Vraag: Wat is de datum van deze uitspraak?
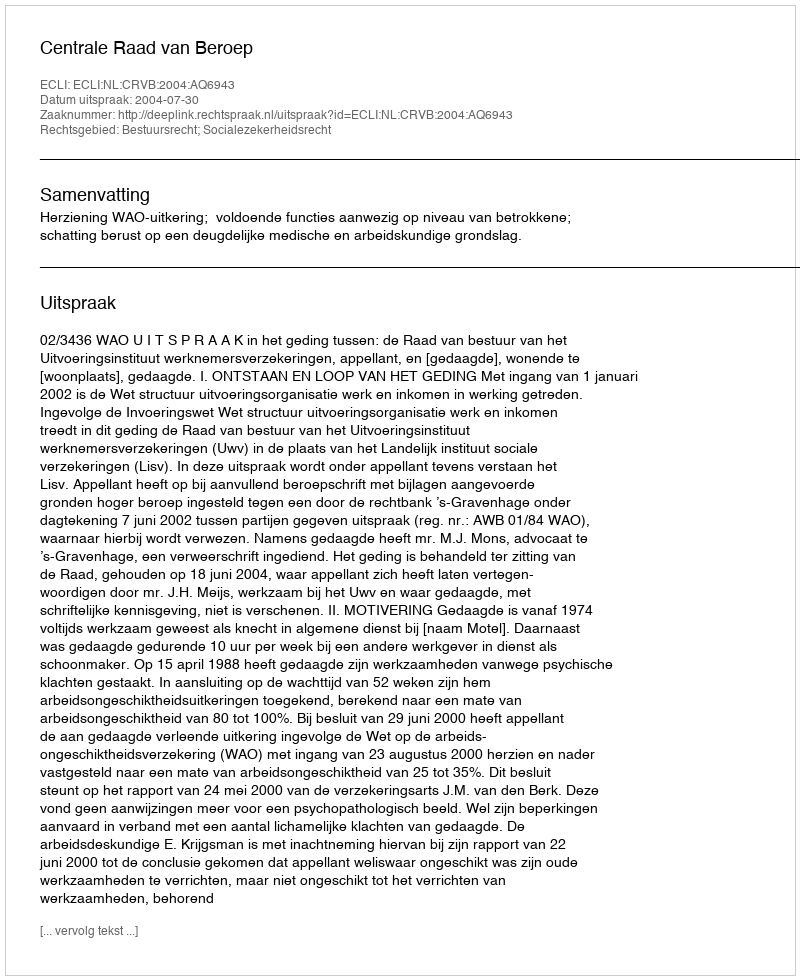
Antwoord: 2004-07-30